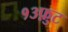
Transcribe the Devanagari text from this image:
१३फ़ुट